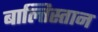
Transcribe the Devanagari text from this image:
बाल्तिस्तान